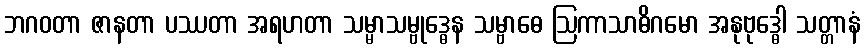
ဘဂဝတာ ဇာနတာ ပဿတာ အရဟတာ သမ္မာသမ္ဗုဒ္ဓေန သမ္ဗာဓေ ဩကာသာဓိဂမော အနုဗုဒ္ဓေါ သတ္တာနံ